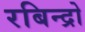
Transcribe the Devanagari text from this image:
रबिन्द्रो